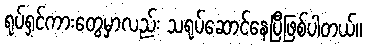
ရုပ်ရှင်ကားတွေမှာလည်း သရုပ်ဆောင်နေပြီဖြစ်ပါတယ်။